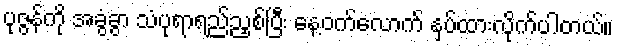
ပုဇွန်ကို အခွံခွာ သံပုရာရည်ညှစ်ပြီး နေ့ဝက်လောက် နှပ်ထားလိုက်ပါတယ်။